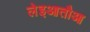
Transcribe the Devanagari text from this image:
लेइआतौआ